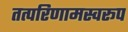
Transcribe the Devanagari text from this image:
तत्परिणामस्वरूप